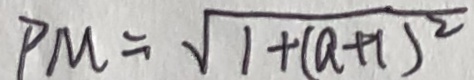
P M = \sqrt { 1 + ( a + 1 ) ^ { 2 } }